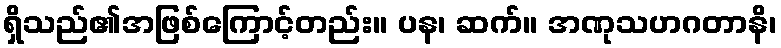
ရှိသည်၏အဖြစ်ကြောင့်တည်း။ ပန၊ ဆက်။ အဏုသဟဂတာနိ၊